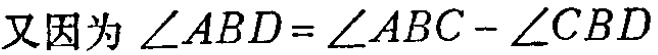
又因为\(\angle ABD = \angle ABC - \angle CBD\)